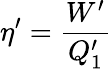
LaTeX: \eta^{\prime}=\frac{W^{\prime}}{Q_{1}^{\prime}}